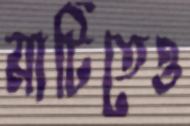
মাটিতেও